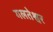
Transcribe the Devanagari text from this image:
गलतेश्वर